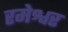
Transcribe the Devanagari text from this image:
रमेश्वर